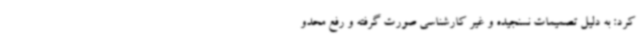
کرد: به دلیل تصمیمات نسنجیده و غیر کارشناسی صورت گرفته و رفع محدو